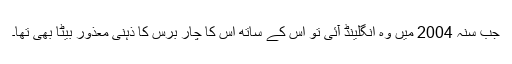
جب سنہ 2004 میں وہ انگلینڈ آئی تو اس کے ساتھ اس کا چار برس کا ذہنی معذور بیٹا بھی تھا۔